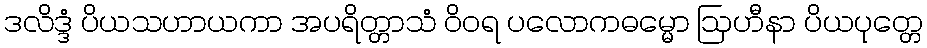
ဒလိဒ္ဒံ ပိယသဟာယကာ အပရိတ္တာသံ ဝိဝရ ပလောကဓမ္မော ဩဟီနာ ပိယပုတ္တေ